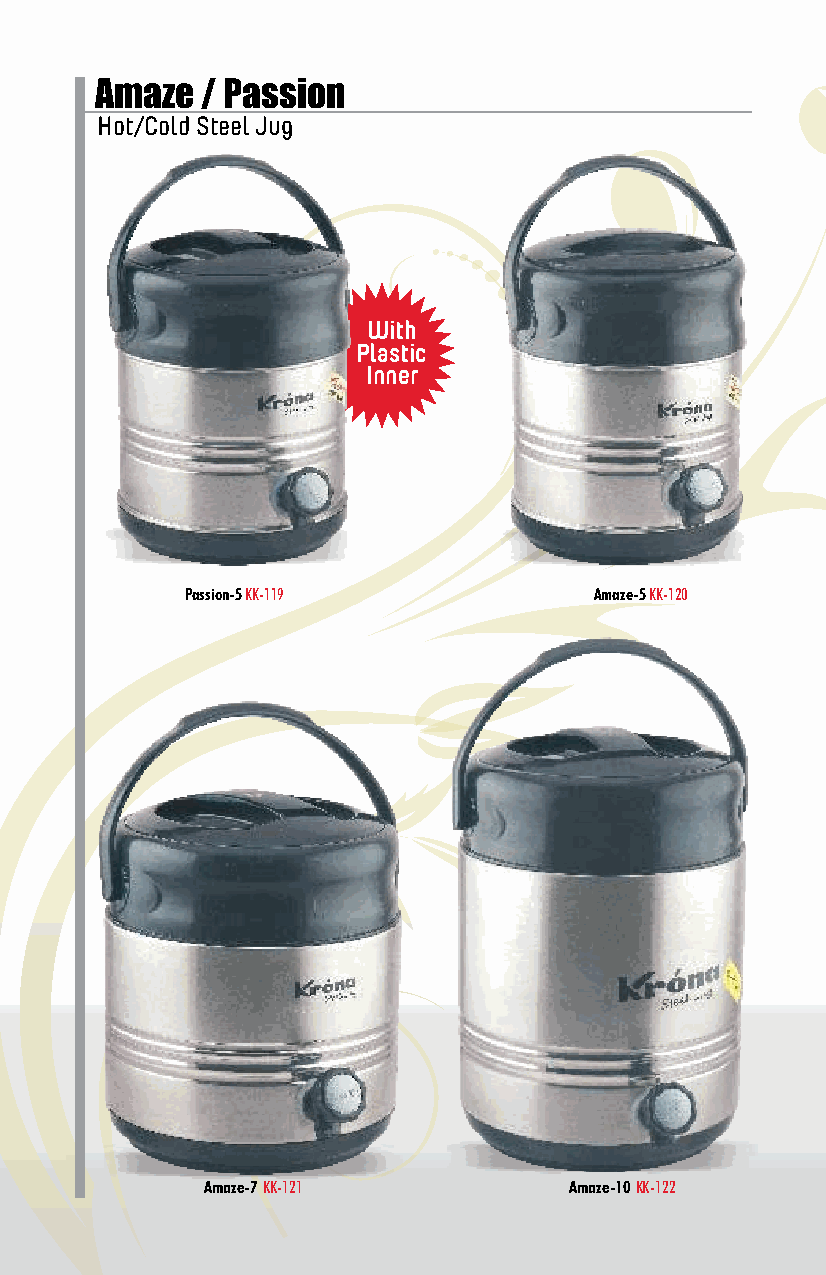
Amaze  / Passion
 Hot/Cold Steel Jug
 With
 Plastic
 Inner
 Passion-5 KK-119           Amaze-5 KK-120
 Amaze-7 KK-121           Amaze-10 KK-122